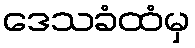
ဒေသခံထံမှ